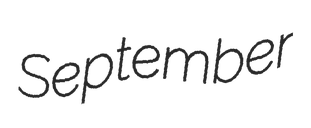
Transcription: September